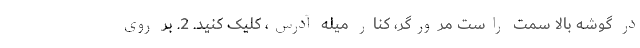
در گوشه بالا سمت راست مرورگر، کنار میله آدرس، کلیک کنید. 2. بر روی